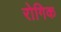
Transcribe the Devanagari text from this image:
रोगिक